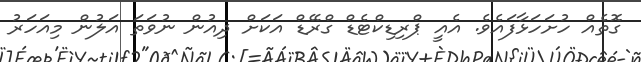
ގޮތެއް ހުށަހަޅާފައެވެ. އެއީ ޕްރިޑިކްޓެޑް ގްރޭޑް އަކަށް ދިއުން ނުވަތަ އަލުން މިއަހަރު